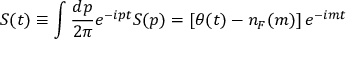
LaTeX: S ( t ) \equiv \int { \frac { d p } { 2 \pi } } e ^ { - i p t } S ( p ) = \left[ \theta ( t ) - n _ { F } ( m ) \right] e ^ { - i m t }